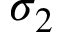
\sigma _ { 2 }